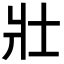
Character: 𡉟